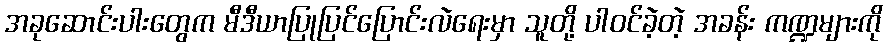
အခုဆောင်းပါးတွေက မီဒီယာပြုပြင်ပြောင်းလဲရေးမှာ သူတို့ ပါဝင်ခဲ့တဲ့ အခန်း ကဏ္ဍများကို